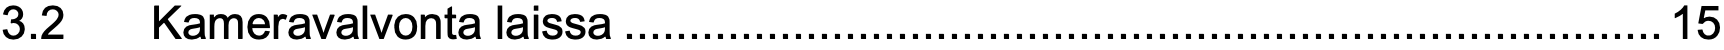
3.2  Kameravalvonta laissa................................................................................15